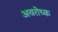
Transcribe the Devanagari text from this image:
अवरोध्क